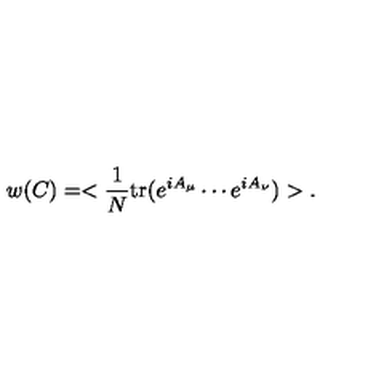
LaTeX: w ( C ) = < \frac { 1 } { N } \mathrm { t r } ( e ^ { i A _ { \mu } } \cdots e ^ { i A _ { \nu } } ) > .